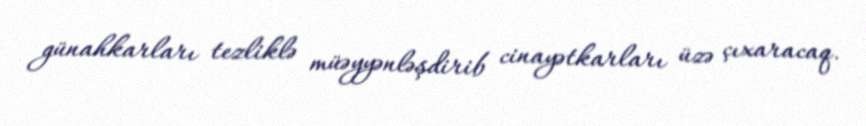
günahkarları tezliklə müəyyənləşdirib cinayətkarları üzə çıxaracaq.